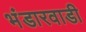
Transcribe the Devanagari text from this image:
भंडारवाडी